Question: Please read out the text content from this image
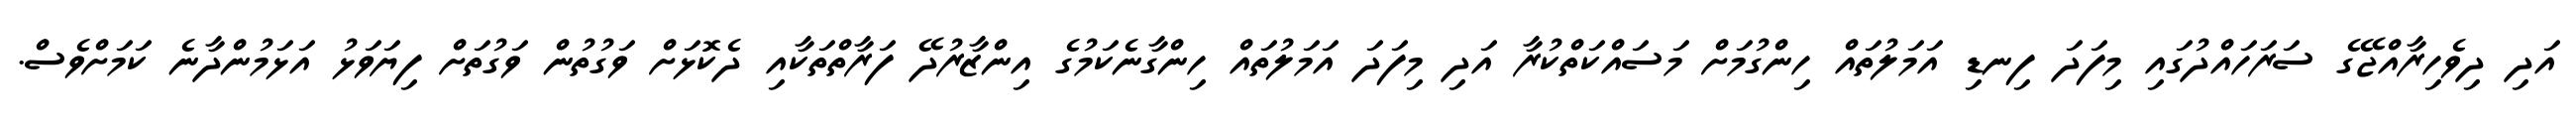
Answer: އަދި ދިވެހިރާއްޖޭގެ ސަރަހައްދުގައި މިފަދަ ފިނޑި އަމަލުތައް ހިންގުމަށް މަސައްކަތްކުރާ އަދި މިފަދަ އަމަލުތައް ހިންގާނެކަމުގެ އިންޒާރުދޭ ފަރާތްތަކާއި ދެކޮޅަށް ވަގުތުން ވަގުތަށް ފިޔަވަޅު އަޅަމުންދާނެ ކަމަށްވެސް.